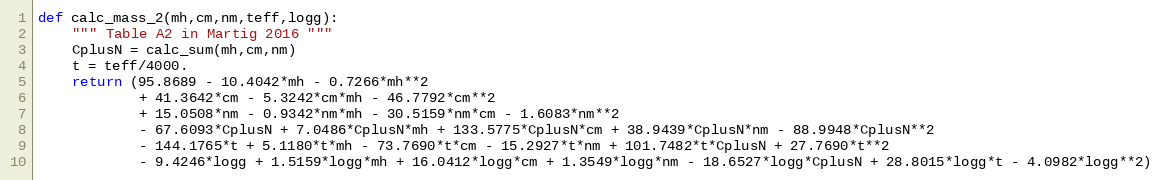
Language: Python
def calc_mass_2(mh,cm,nm,teff,logg):
    """ Table A2 in Martig 2016 """
    CplusN = calc_sum(mh,cm,nm)
    t = teff/4000.
    return (95.8689 - 10.4042*mh - 0.7266*mh**2
            + 41.3642*cm - 5.3242*cm*mh - 46.7792*cm**2
            + 15.0508*nm - 0.9342*nm*mh - 30.5159*nm*cm - 1.6083*nm**2
            - 67.6093*CplusN + 7.0486*CplusN*mh + 133.5775*CplusN*cm + 38.9439*CplusN*nm - 88.9948*CplusN**2
            - 144.1765*t + 5.1180*t*mh - 73.7690*t*cm - 15.2927*t*nm + 101.7482*t*CplusN + 27.7690*t**2
            - 9.4246*logg + 1.5159*logg*mh + 16.0412*logg*cm + 1.3549*logg*nm - 18.6527*logg*CplusN + 28.8015*logg*t - 4.0982*logg**2)